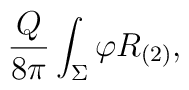
\frac{Q}{8\pi}\int_{\Sigma}\varphi R_{(2)},